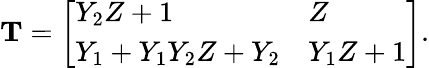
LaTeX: \begin{array}{r}{\mathbf{T}=\left[\begin{array}{ll}{Y_{2}Z+1}&{Z}\\ {Y_{1}+Y_{1}Y_{2}Z+Y_{2}}&{Y_{1}Z+1}\end{array}\right].}\end{array}